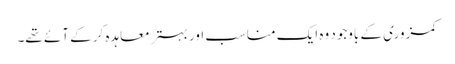
کمزوری کے باوجود وہ ایک مناسب اور بہتر معاہدہ کر کے آئے تھے۔